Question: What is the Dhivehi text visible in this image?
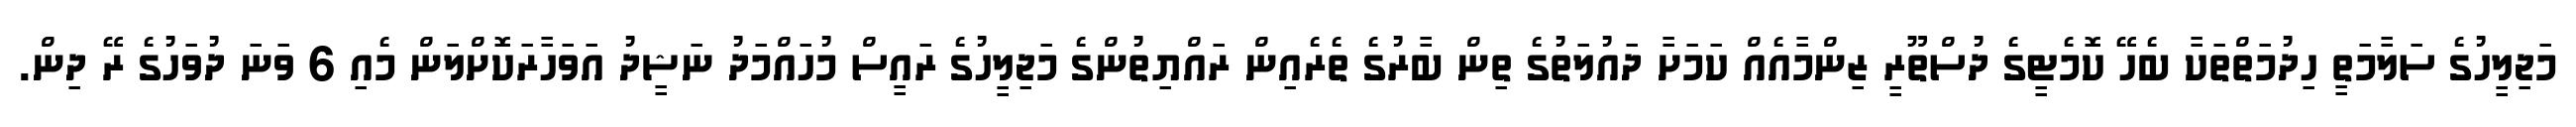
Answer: މަޖިލީހުގެ ސަލާމަތީ ހިދުމަތްތަކާ ބެހޭ ކޮމެޓީގެ ދުސްތޫރީ ޒިންމާއެއް ކަމަށާ ދައުލަތުގެ ތިން ބާރުގެ ތެރެއިން ރައްޔިތުންގެ މަޖިލީހުގެ ރައީސް މުހައްމަދު ނަޝީދު އަވަހާރަކޮށްލަން މެއި 6 ވަނަ ދުވަހުގެ ރޭ ދިން.